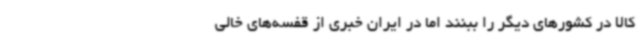
کالا در کشورهای دیگر را ببنند اما در ایران خبری از قفسه‌های خالی